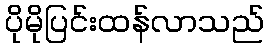
ပိုမိုပြင်းထန်လာသည်